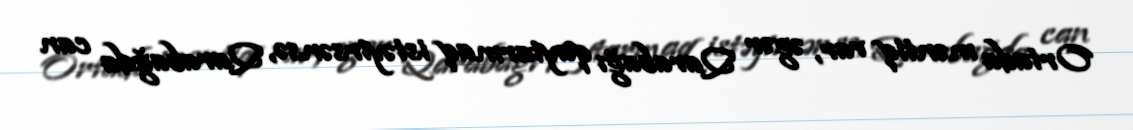
Ortada məntiq var, əgər Qarabağı qaytarmaq istəyirsənsə, Qarabağda can